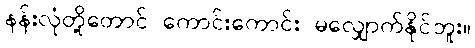
နန်းလုံတို့တောင် ကောင်းကောင်း မလျှောက်နိုင်ဘူး။